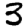
Digit: 3